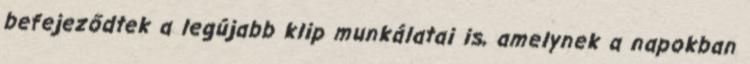
befejeződtek a legújabb klip munkálatai is, amelynek a napokban